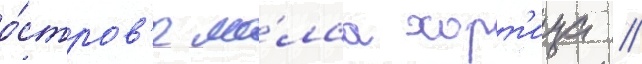
о́стров'е ма́лаа хорт'ица //